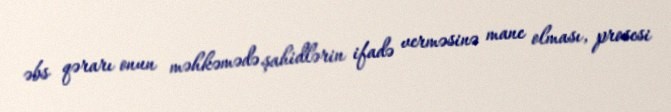
əbs qərarı onun məhkəmədə şahidlərin ifadə verməsinə mane olması, prosesi